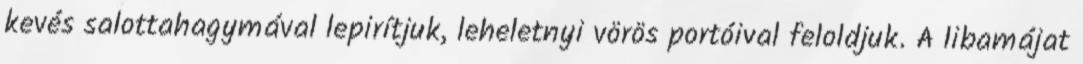
kevés salottahagymával lepirítjuk, leheletnyi vörös portóival feloldjuk. A libamájat